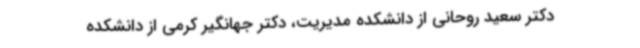
دکتر سعید روحانی از دانشکده مدیریت، دکتر جهانگیر کرمی از دانشکده